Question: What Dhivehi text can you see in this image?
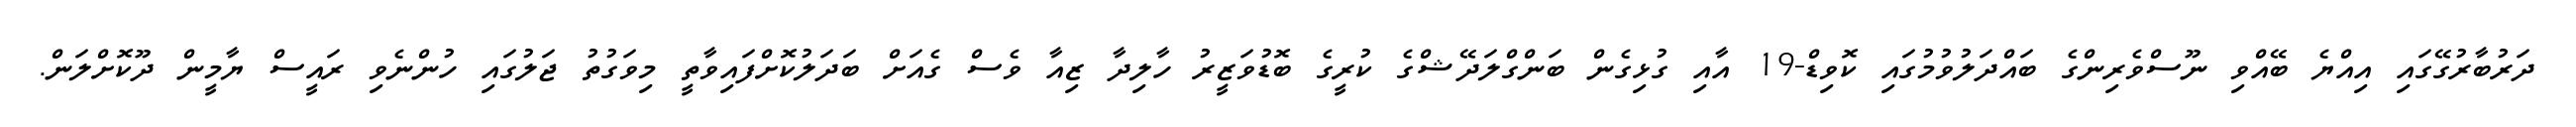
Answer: ދަރުބާރުގޭގައި އިއްޔެ ބޭއްވި ނޫސްވެރިންގެ ބައްދަލުވުމުގައި ކޮވިޑް-19 އާއި ގުޅިގެން ބަންގްލަދޭޝްގެ ކުރީގެ ބޮޑުވަޒީރު ހާލިދާ ޒިއާ ވެސް ގެއަށް ބަދަލުކޮށްފައިވާތީ މިވަގުތު ޖަލުގައި ހުންނެވި ރައީސް ޔާމީން ދޫކޮށްލަން.